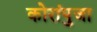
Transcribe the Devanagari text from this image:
कोरांपुजा